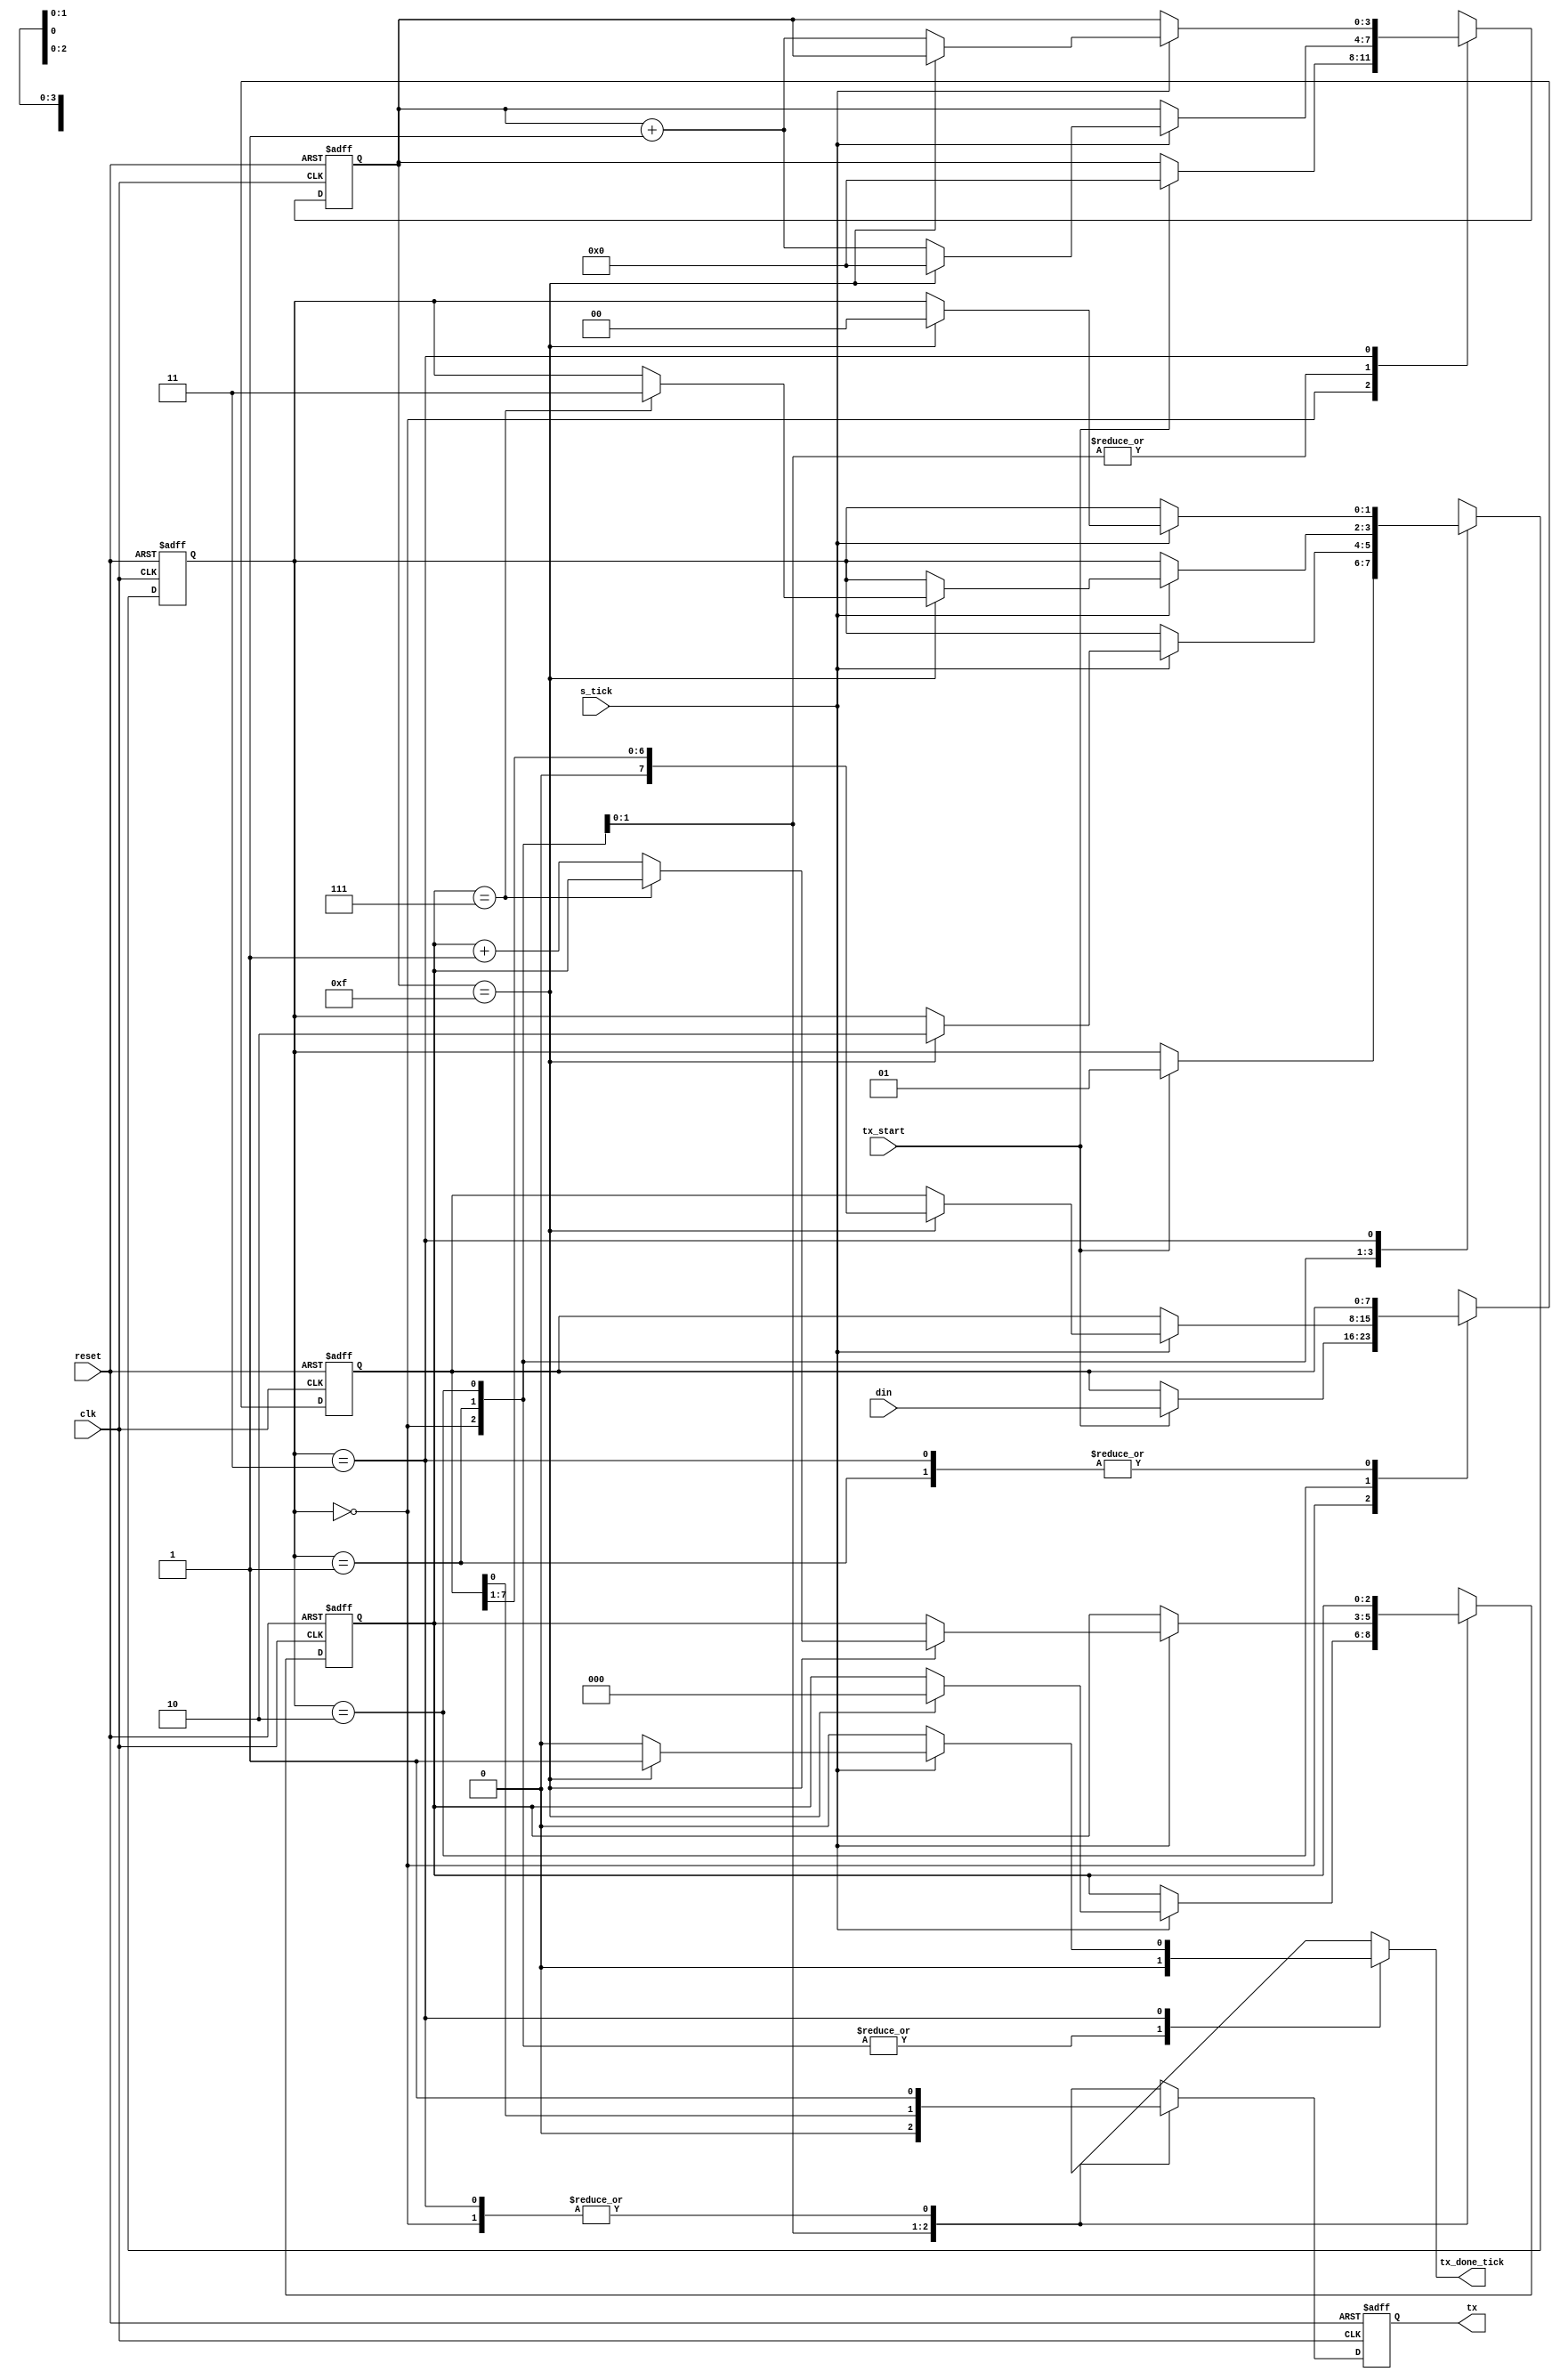
`timescale 1ns / 1ps
//////////////////////////////////////////////////////////////////////////////////
// Company: AGH UST
// Engineers: Hubert Kwaniewski, Marcin Mistela
// 
// Design Name: 
// Module Name: uart_tx
// Project Name: Tic-tac-toe game
// Target Devices: 
// Tool Versions: 
// Description: 
// 
// Dependencies: 
// 
// Revision:
// Revision 0.01 - File Created
// Additional Comments: rdo kodu: kod udostpniony na zajciach laboratoryjnych z przedmiotu Ukady Elektroniki Cyfrowej 2
// 
//////////////////////////////////////////////////////////////////////////////////


module uart_tx
   #(
     parameter DBIT = 8,     // # data bits
               SB_TICK = 16  // # ticks for stop bits
   )
   (
    input wire clk, reset,
    input wire tx_start, s_tick,
    input wire [7:0] din,
    output reg tx_done_tick,
    output wire tx
   );

   // symbolic state declaration
   localparam [1:0]
      idle  = 2'b00,
      start = 2'b01,
      data  = 2'b10,
      stop  = 2'b11;

   // signal declaration
   reg [1:0] state_reg, state_next;
   reg [3:0] s_reg, s_next;
   reg [2:0] n_reg, n_next;
   reg [7:0] b_reg, b_next;
   reg tx_reg, tx_next;

   // body
   // FSMD state & data registers
   always @(posedge clk, posedge reset)
      if (reset)
         begin
            state_reg <= idle;
            s_reg <= 0;
            n_reg <= 0;
            b_reg <= 0;
            tx_reg <= 1'b1;
         end
      else
         begin
            state_reg <= state_next;
            s_reg <= s_next;
            n_reg <= n_next;
            b_reg <= b_next;
            tx_reg <= tx_next;
         end

   // FSMD next-state logic & functional units
   always @*
   begin
      state_next = state_reg;
      tx_done_tick = 1'b0;
      s_next = s_reg;
      n_next = n_reg;
      b_next = b_reg;
      tx_next = tx_reg ;
      case (state_reg)
         idle:
            begin
               tx_next = 1'b1;
               if (tx_start)
                  begin
                     state_next = start;
                     s_next = 0;
                     b_next = din;
                  end
            end
         start:
            begin
               tx_next = 1'b0;
               if (s_tick)
                  if (s_reg==15)
                     begin
                        state_next = data;
                        s_next = 0;
                        n_next = 0;
                     end
                  else
                     s_next = s_reg + 1;
            end
         data:
            begin
               tx_next = b_reg[0];
               if (s_tick)
                  if (s_reg==15)
                     begin
                        s_next = 0;
                        b_next = b_reg >> 1;
                        if (n_reg==(DBIT-1))
                           state_next = stop ;
                        else
                           n_next = n_reg + 1;
                     end
                  else
                     s_next = s_reg + 1;
            end
         stop:
            begin
               tx_next = 1'b1;
               if (s_tick)
                  if (s_reg==(SB_TICK-1))
                     begin
                        state_next = idle;
                        tx_done_tick = 1'b1;
                     end
                  else
                     s_next = s_reg + 1;
            end
      endcase
   end
   // output
   assign tx = tx_reg;

endmodule